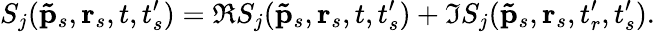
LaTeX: S_{j}(\mathbf{\tilde{p}}_{s},\textbf{r}_{s},t,t_{s}^{\prime})=\Re S_{j}(\mathbf{\tilde{p}}_{s},\textbf{r}_{s},t,t_{s}^{\prime})+\Im S_{j}(\mathbf{\tilde{p}}_{s},\textbf{r}_{s},t_{r}^{\prime},t_{s}^{\prime}).